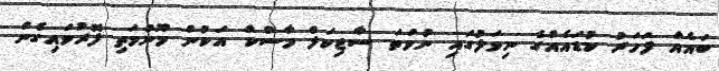
ބައެއް ފަހަރު ކުޑައެއްގެ ނިވަލުގައި ނުވަތަ ސާޖިކަލް މާސްކް އަކުން މޫނުމަތި ފޮރުވައިގެން